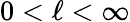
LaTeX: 0<\ell<\infty